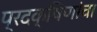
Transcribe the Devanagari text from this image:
प्रदक्षिणांचा